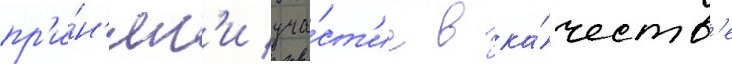
пр'и́н'ял'и уча́ст'ие в ка́честв'е